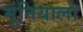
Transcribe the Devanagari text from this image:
मुनियाला